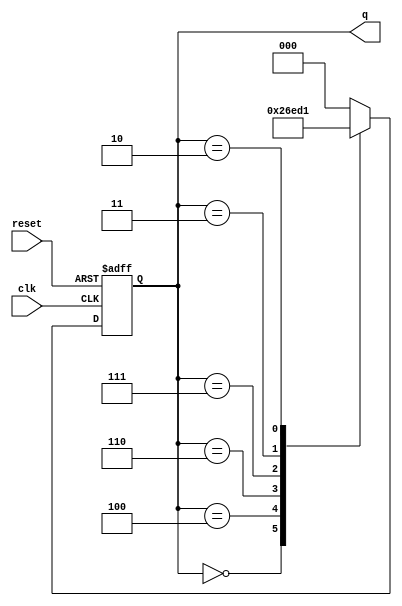
module johnson_counter (
    input wire clk,        // Clock input
    input wire reset,      // Asynchronous reset
    output reg [2:0] q     // 3-bit output representing the current state
);

// State encoding for the 3-bit Johnson counter
localparam STATE_0 = 3'b000; // State 0
localparam STATE_1 = 3'b100; // State 1
localparam STATE_2 = 3'b110; // State 2
localparam STATE_3 = 3'b111; // State 3
localparam STATE_4 = 3'b011; // State 4
localparam STATE_5 = 3'b010; // State 5
localparam STATE_6 = 3'b001; // State 6
localparam STATE_7 = 3'b000; // State 7 (wraps around)

// State transition logic
always @(posedge clk or posedge reset) begin
    if (reset) begin
        q <= STATE_0; // Initialize to State 0 on reset
    end else begin
        case (q)
            STATE_0: q <= STATE_1;
            STATE_1: q <= STATE_2;
            STATE_2: q <= STATE_3;
            STATE_3: q <= STATE_4;
            STATE_4: q <= STATE_5;
            STATE_5: q <= STATE_6;
            STATE_6: q <= STATE_7;
            STATE_7: q <= STATE_0;
            default: q <= STATE_0; // Default case for safety
        endcase
    end
end

endmodule